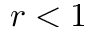
r < 1